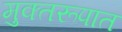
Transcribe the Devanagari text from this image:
मुक्तरूपात